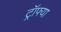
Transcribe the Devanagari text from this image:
ट्रॉफ्या